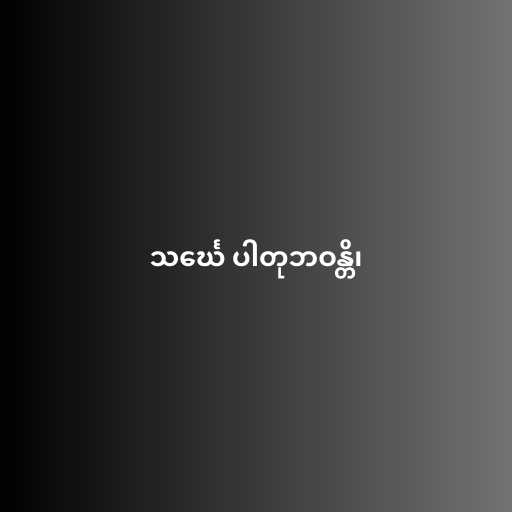
သင်္ဃေ ပါတုဘဝန္တိ၊